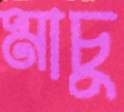
মাচু